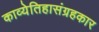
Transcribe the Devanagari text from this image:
काव्येतिहासंग्रहकार